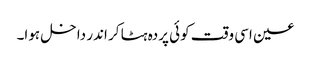
عین اسی وقت کوئی پردہ ہٹا کر اندر داخل ہوا۔